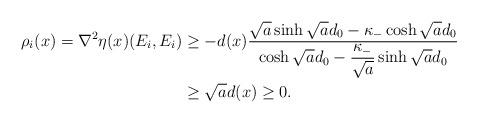
LaTeX: \begin{align*}\rho_i(x)=\nabla^2 \eta(x)(E_i,E_i)&\geq -d(x)\frac{\sqrt{a}\sinh \sqrt{a}d_0-\kappa_-\cosh \sqrt{a}d_0}{\cosh \sqrt{a}d_0-\dfrac{\kappa_-}{\sqrt{a}}\sinh \sqrt{a}d_0}\\&\geq \sqrt{a}d(x)\geq 0.\end{align*}